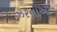
ઝરનાઓ